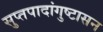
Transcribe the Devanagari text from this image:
सुप्तपादांगुष्टासन